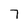
Character: 7